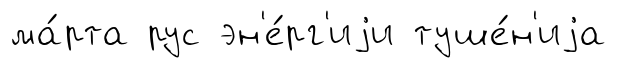
ма́рта рус эн'е́рг'иjи туше́н'иjа